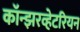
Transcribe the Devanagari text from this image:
कॉन्झरव्हेटरियन